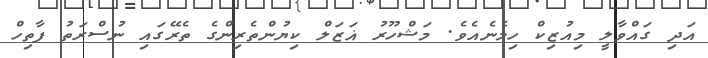
އަދި ގައްވާލީ މިއުޒިކް ހިމެނެއެވެ. މަޝްހޫރު ޣަޒަލް ކިޔުންތެރިންގެ ތެރޭގައި ނުސްރަތު ފާތިހް